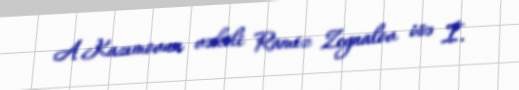
A.Kazımovun vəkili Ramiz Zeynalov isə İ.